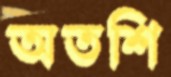
অতশি